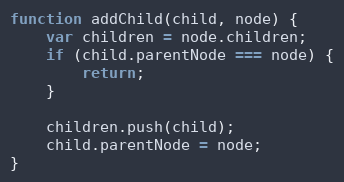
Language: JavaScript
function addChild(child, node) {
    var children = node.children;
    if (child.parentNode === node) {
        return;
    }

    children.push(child);
    child.parentNode = node;
}